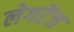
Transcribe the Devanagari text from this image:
लेगरेंज